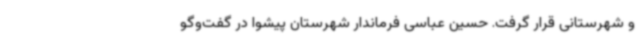
و شهرستانی قرار گرفت. حسین عباسی فرماندار شهرستان پیشوا در گفت‌وگو